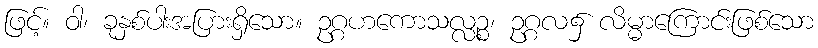
ဖြင့်။ ဝါ၊ ခုနှစ်ပါးအပြားရှိသော။ ဥဂ္ဂဟကောသလ္လဉ္စ၊ ဥဂ္ဂလ၌ လိမ္မာကြောင်းဖြစ်သော